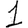
Digit: 1